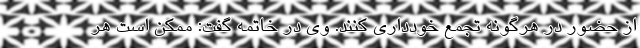
از حضور در هرگونه تجمع خودداری کنند. وی در خاتمه گفت: ممکن است هر